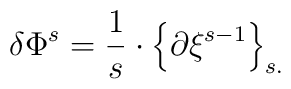
\delta \Phi^s = \frac{1}{s} \cdot \left\{ \partial \xi^{s-1}\right\}_{s.}